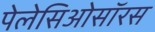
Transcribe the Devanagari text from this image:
पेलेसिओसॉरस